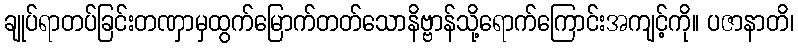
ချုပ်ရာတပ်ခြင်းတဏှာမှထွက်မြောက်တတ်သောနိဗ္ဗာန်သို့ရောက်ကြောင်းအကျင့်ကို။ ပဇာနာတိ၊